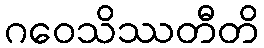
ဂဝေသိဿတီတိ